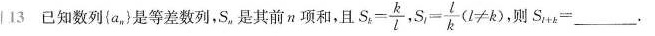
13已知数列{a_{n} }是等差数列，S_{n} 是其前π项和，且$$ S _ {k} = \frac{k}{l}$$ $$,S_{t}= \frac{l}{k}(l \neq k)$$ ，则S_{1+k} =___。